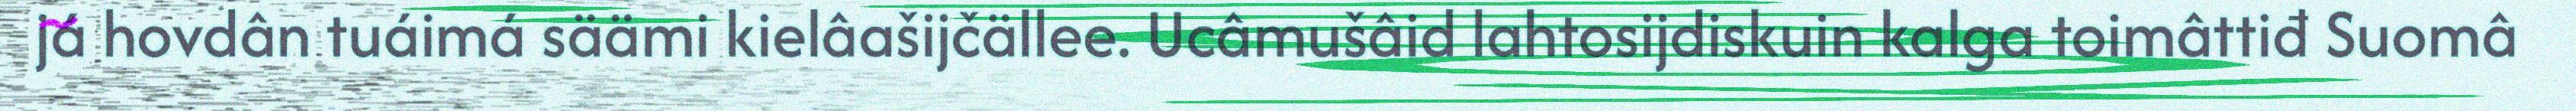
já hovdân tuáimá säämi kielâašijčällee. Ucâmušâid lahtosijdiskuin kalga toimâttiđ Suomâ